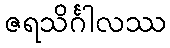
ဇရသိင်္ဂါလဿ